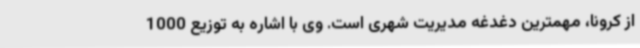
از کرونا، مهمترین دغدغه‌ مدیریت شهری است. وی با اشاره به توزیع 1000